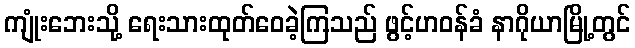
ကျုံးဘေးသို့ ရေးသားထုတ်ဝေခဲ့ကြသည် ဖွင့်ဟဝန်ခံ နာဂိုယာမြို့တွင်